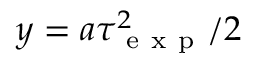
y = a \tau _ { \mathrm { ~ e ~ x ~ p ~ } } ^ { 2 } / 2